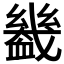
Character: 𧗒